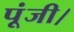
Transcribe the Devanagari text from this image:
पूंजी।